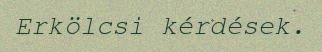
Erkölcsi kérdések.